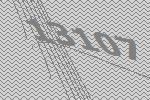
13107